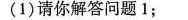
(1)请你解答问题1；